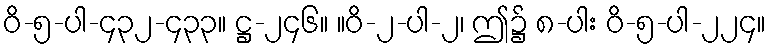
ဝိ-၅-ပါ-၄၃၂-၄၃၃။ ဋ္ဌ-၂၄၆။ ။ဝိ-၂-ပါ-၂၊ ဤ၌ ၈-ပါး ဝိ-၅-ပါ-၂၂၄။